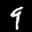
Label: 9